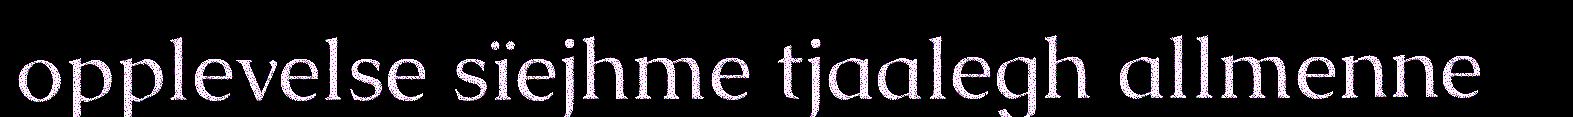
opplevelse sïejhme tjaalegh allmenne